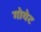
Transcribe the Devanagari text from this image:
गोयेट